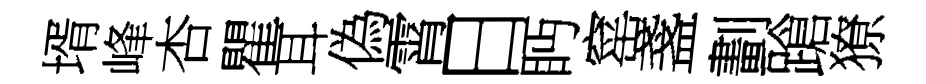
壻峰杏瞿耳偽霄日眄窰盞劃蹌獠